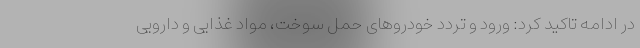
در ادامه تاکید کرد: ورود و تردد خودروهای حمل سوخت، مواد غذایی و دارویی